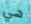
هي